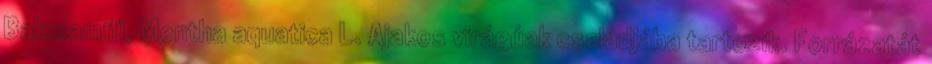
Balzsamfű, Mentha aquatica L. Ajakos virágúak családjába tartozik. Forrázatát